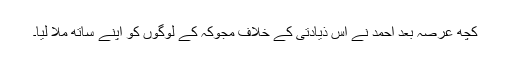
کچھ عرصہ بعد احمد نے اس ذیادتی کے خلاف مجوکہ کے لوگوں کو اپنے ساتھ ملا لیا۔